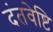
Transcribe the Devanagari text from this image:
दंतवेष्टि